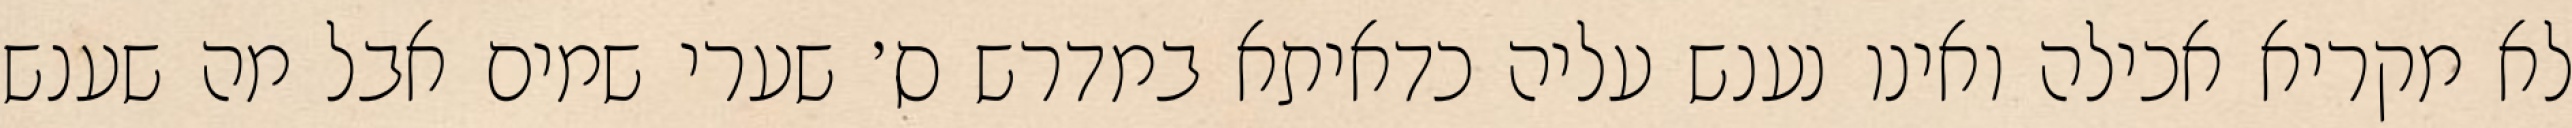
לא מקריא אכילה ואינו נענש עליה כדאיתא במדרש ס׳ שערי שמים אבל מה שענש